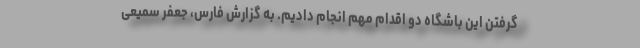
گرفتن این باشگاه دو اقدام مهم انجام دادیم. به گزارش فارس، جعفر سمیعی